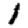
Digit: 1